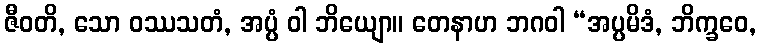
ဇီဝတိ, သော ဝဿသတံ, အပ္ပံ ဝါ ဘိယျော။ တေနာဟ ဘဂဝါ “အပ္ပမိဒံ, ဘိက္ခဝေ,